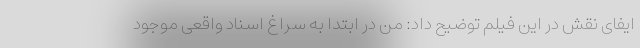
ایفای نقش در این فیلم توضیح داد: من در ابتدا به سراغ اسناد واقعی موجود